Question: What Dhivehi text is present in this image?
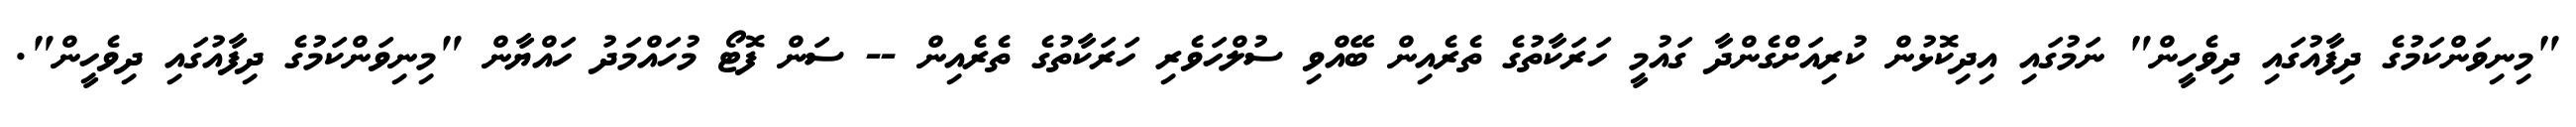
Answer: "މިނިވަންކަމުގެ ދިފާއުގައި ދިވެހީން" ނަމުގައި އިދިކޮޅުން ކުރިއަށްގެންދާ ގައުމީ ހަރަކާތުގެ ތެރެއިން ބޭއްވި ސުލްހަވެރި ހަރަކާތުގެ ތެރެއިން -- ސަން ފޮޓޯ މުހައްމަދު ހައްޔާން "މިނިވަންކަމުގެ ދިފާއުގައި ދިވެހީން".